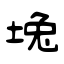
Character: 堍